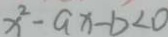
x ^ { 2 } - a x - b < 0